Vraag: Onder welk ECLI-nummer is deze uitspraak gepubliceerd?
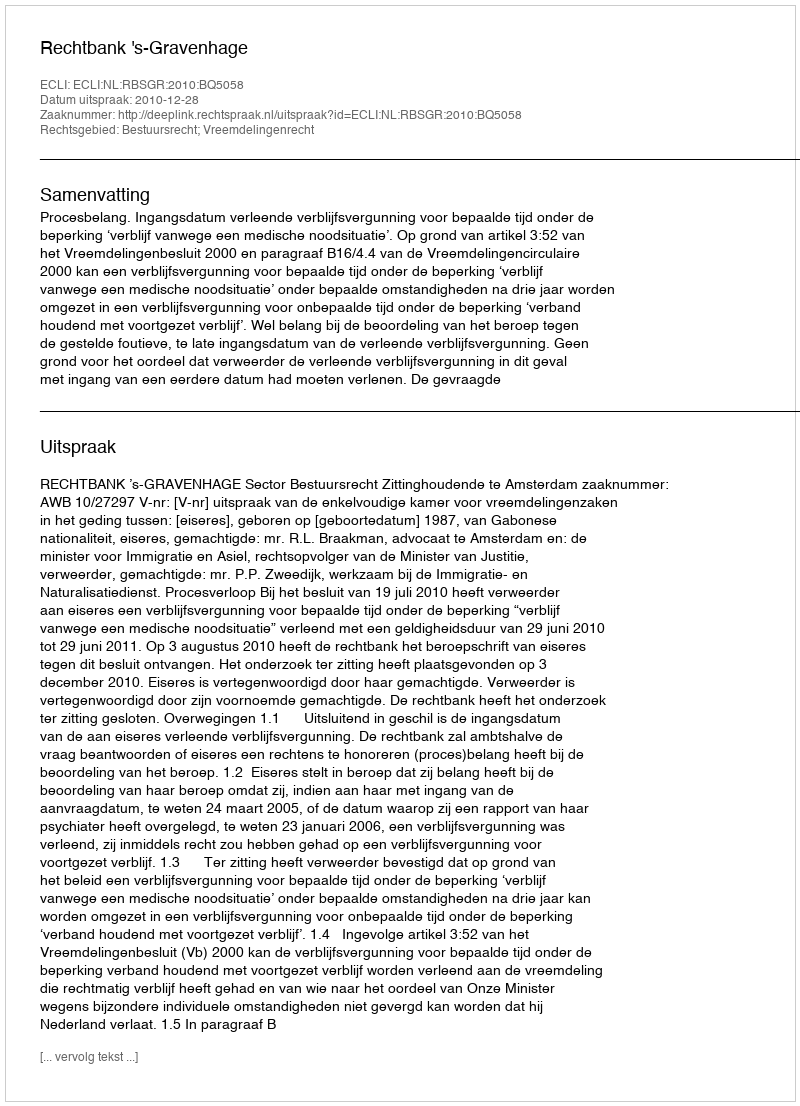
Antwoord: ECLI:NL:RBSGR:2010:BQ5058